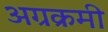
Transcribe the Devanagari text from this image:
अग्रक्रमी